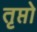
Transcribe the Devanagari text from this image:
तृप्तो